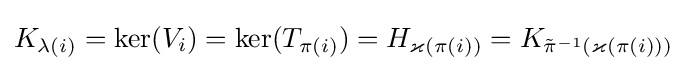
K_{\lambda (i)}=\ker(V_{i})=\ker(T_{\pi (i)})=H_{\varkappa (\pi (i))}=K_{{\tilde {\pi }}^{-1}(\varkappa (\pi (i)))}